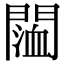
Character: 𨵨